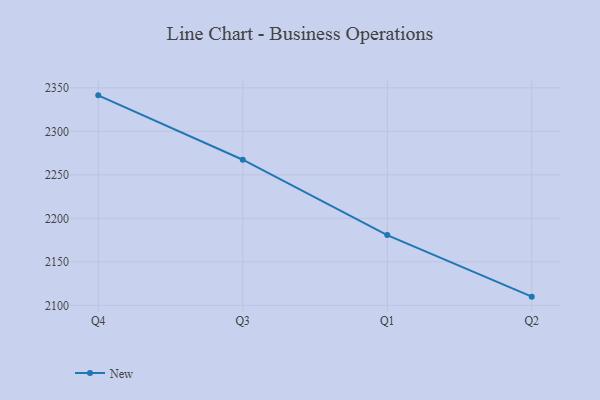
{"axis": {"x": "Quarter", "y": "Tickets Resolved"}, "legend": ["New"], "data": [{"x": "Q4", "y": 2341.4, "type": "New"}, {"x": "Q3", "y": 2267.4, "type": "New"}, {"x": "Q1", "y": 2180.8, "type": "New"}, {"x": "Q2", "y": 2110.0, "type": "New"}]}